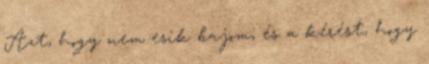
Azt, hogy nem esik bajom, és a kérést, hogy